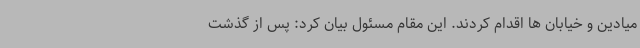
میادین و خیابان ها اقدام کردند. این مقام مسئول بیان کرد: پس از گذشت